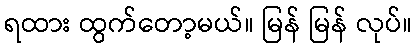
ရထား ထွက်တော့မယ်။ မြန် မြန် လုပ်။